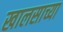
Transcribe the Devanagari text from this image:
खालसाच्या